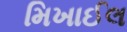
મિખાઈલ